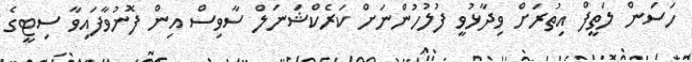
ހަސަން ލަތީފް އިތުރަށް ވިދާޅުވީ ފުލުހުންނަށް ކަރެކްޝަނަލް ސާވިސް އިން ފޮނުވާފައިވާ ސިޓީގެ